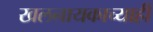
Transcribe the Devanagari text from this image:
खलनायकाच्याही